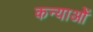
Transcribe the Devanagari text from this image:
कन्याओें